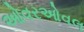
ઓવરઓવલ